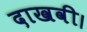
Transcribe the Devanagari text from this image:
दाखवी।